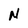
Character: N